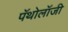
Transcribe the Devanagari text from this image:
पॅथोलॉजी